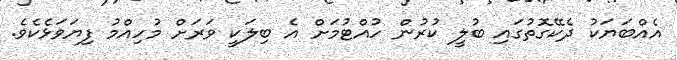
އެއްބަޔަކު ދެކޭގޮތުގައި ބުލީ ކުރުން ހުއްޓުމަށް އެ ބިލަކީ ވަރަށް މުހިއްމު ފިޔަވަޅެކެވެ.